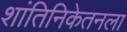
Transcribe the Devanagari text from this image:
शांतिनिकेतनला